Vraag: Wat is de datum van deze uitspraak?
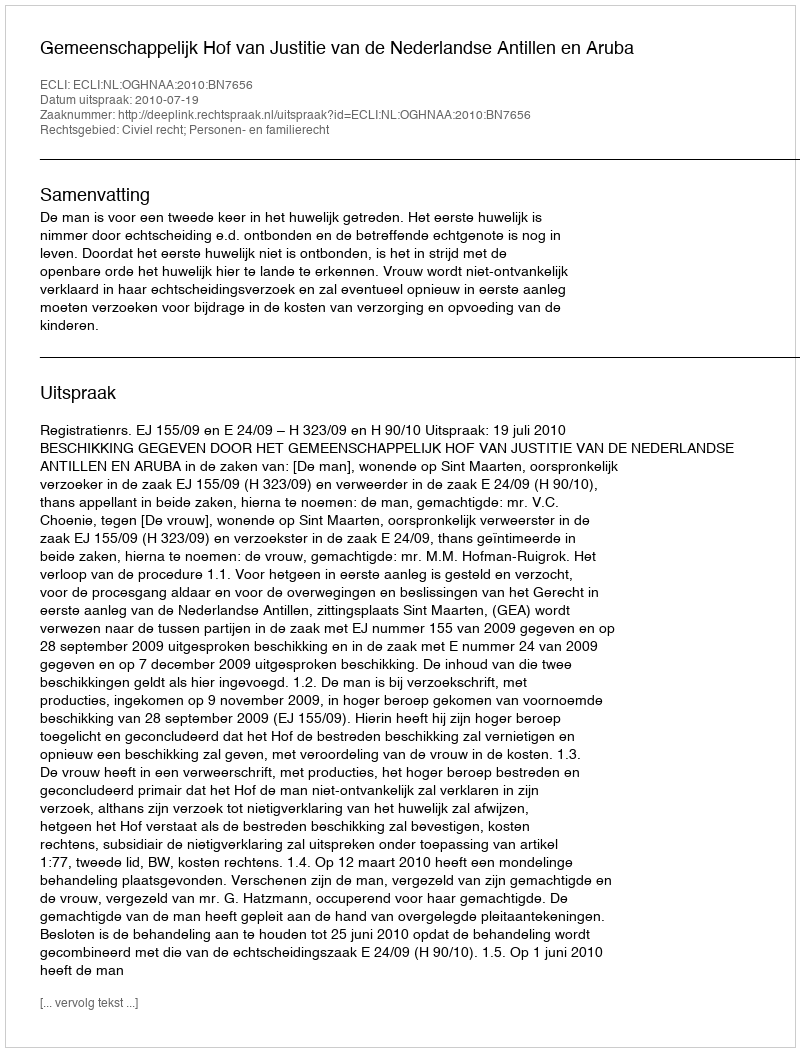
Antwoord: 2010-07-19